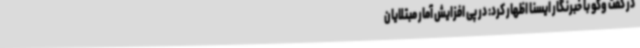
در گفت وگو با خبرنگار ایسنا اظهار کرد: در پی افزایش آمار مبتلایان